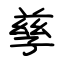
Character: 孳